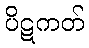
ပိဋကတ်